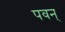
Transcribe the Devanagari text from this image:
पवन्